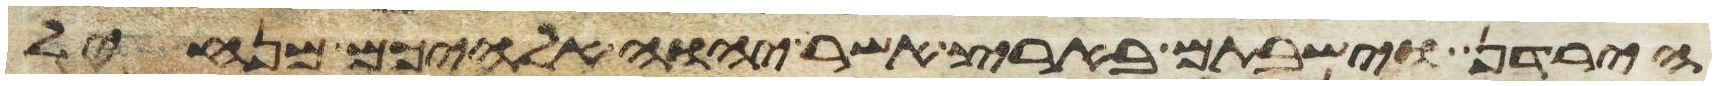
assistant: הירדן וישבתם בארץ אשר יהוה אלהיכם מנחיל